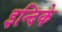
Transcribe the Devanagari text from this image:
इन्दिके